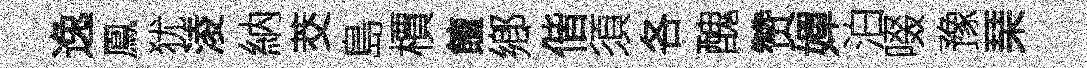
逸鳳犹淩納茭島檟饘鄕偕須各醜赞嬋泊啜豫琹